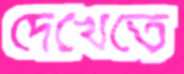
দেখেতে